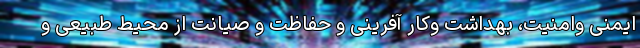
ایمنی وامنیت، بهداشت وکار آفرینی و حفاظت و صیانت از محیط طبیعی و